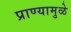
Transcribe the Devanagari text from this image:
प्राण्यामुळे